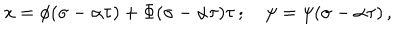
x = \phi ( \sigma - \alpha \tau ) + \Phi ( \sigma - \alpha \tau ) \tau \, ; \quad \psi = \psi ( \sigma - \alpha \tau ) \, ,